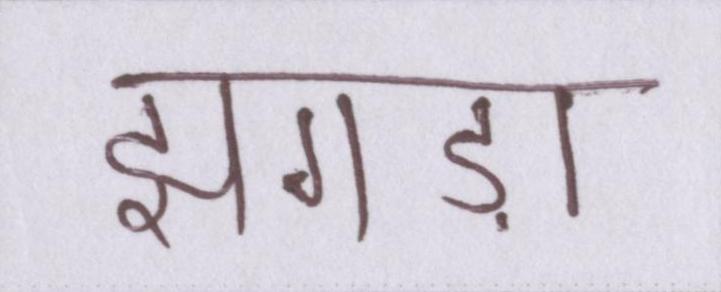
झगड़ा